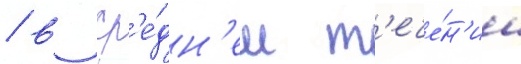
/ в ср'е́дн'ем т'ече́н'ии